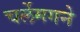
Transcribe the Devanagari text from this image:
चर्लेमगने